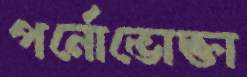
পর্নোভোক্তা